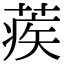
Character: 蒺